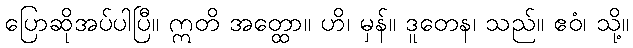
ပြောဆိုအပ်ပါပြီ။ ဣတိ အတ္ထော။ ဟိ၊ မှန်။ ဒူတေန၊ သည်။ ဧဝံ၊ သို့။